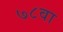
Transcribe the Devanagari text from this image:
७८वा